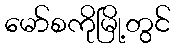
မော်စကိုမြို့တွင်